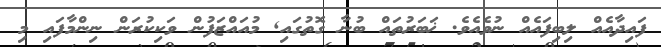
ފައިދާއެއް ލިބިފައެއް ނުވެއެވެ. ޚަބަރުތައް ބުނާ ގޮތުގައި